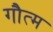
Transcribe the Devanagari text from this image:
गौत्म